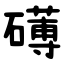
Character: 礡